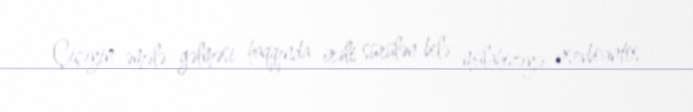
Çiçəyin əmələ gəlməsi haqqında irəli sürülən belə mülahizəyə nsevboantos